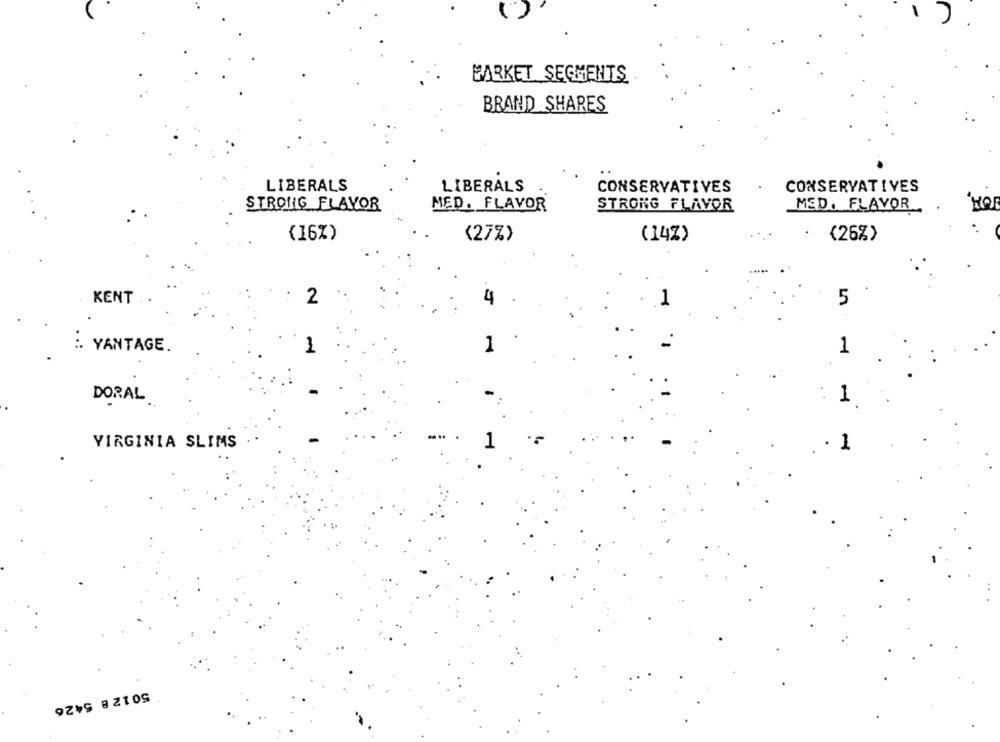
MARKET SEGMENTS
BRAND SHARES
LIBERALS
LIBERALS
CONSERVATIVES
CONSERVATIVES
STRONG FLAVOR
MED. FLAVOR
STRONG FLAVOR
MED. FLAVOR
HO
(16%)
(27%)
(14%)
(26%)
KENT
2
4
5
YANTAGE.
1
1
DORAL
1
VIRGINIA SLIMS
1
5012 8 5426